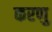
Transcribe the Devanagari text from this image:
करणु